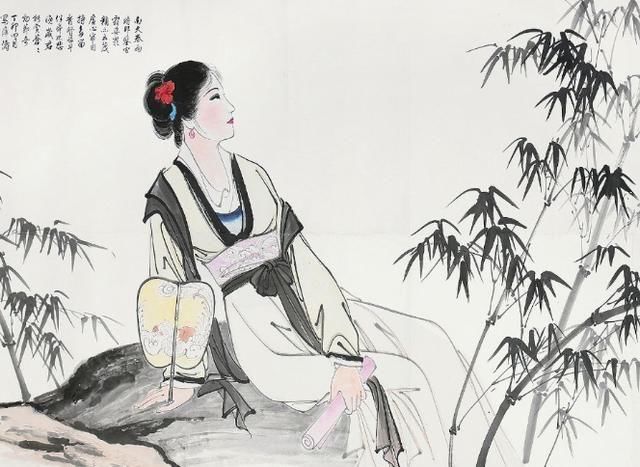
处所多霜雪，胡风春夏起。